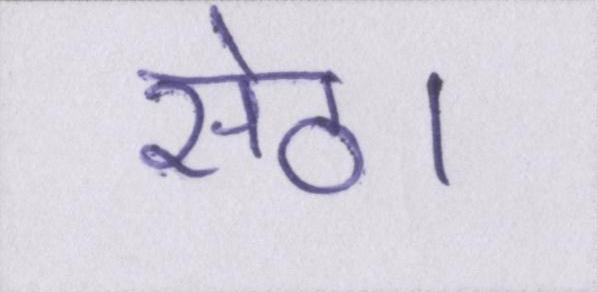
सेठ।